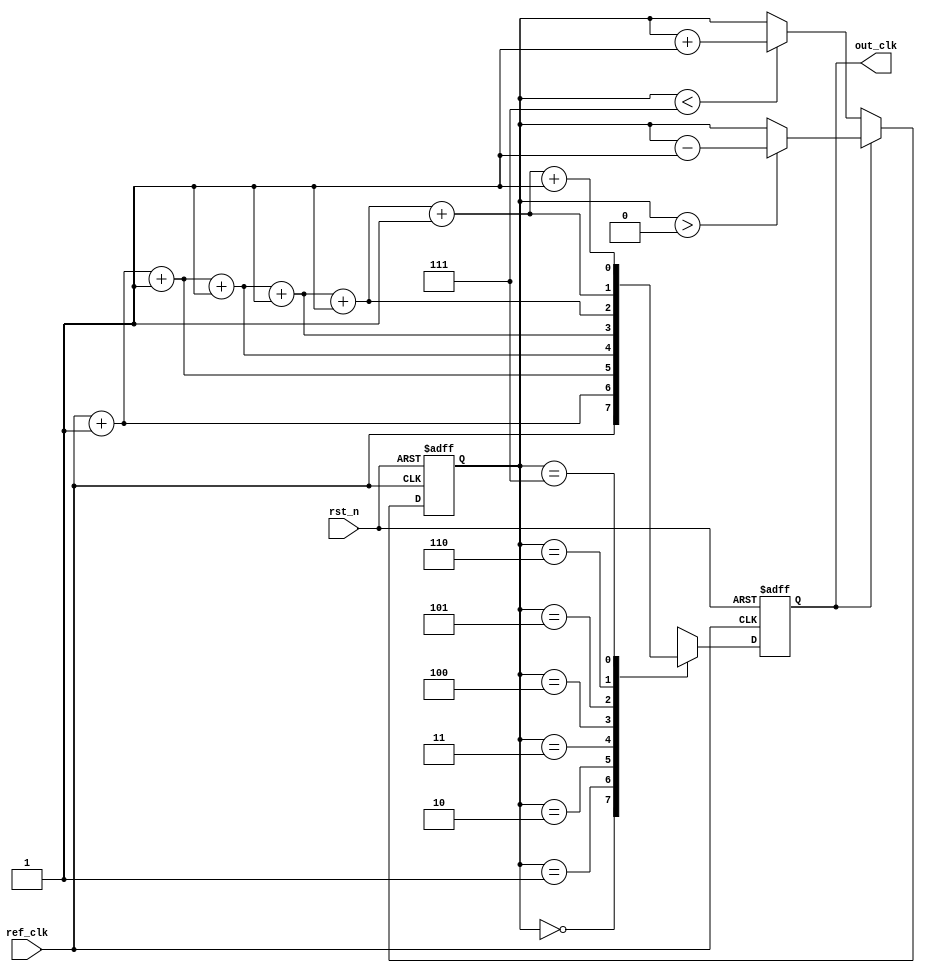
module dll (
    input wire ref_clk,         // Reference clock
    input wire rst_n,          // Active low reset
    output reg out_clk         // Output clock
);

    // Parameters
    parameter NUM_DELAY_BLOCKS = 8; // Number of delay blocks
    parameter DELAY_UNIT = 1;        // Delay unit (can be adjusted based on timing requirements)

    // Internal signals
    reg [NUM_DELAY_BLOCKS-1:0] delay_enable; // Delay blocks enable signals
    wire phase_error;                       // Phase error signal
    reg [2:0] delay_select;                 // Delay selection for the delay line
    reg [NUM_DELAY_BLOCKS-1:0] delay_line [0:NUM_DELAY_BLOCKS-1]; // Delay line

    // Phase Detector (PD)
    always @(posedge ref_clk or negedge rst_n) begin
        if (!rst_n) begin
            delay_select <= 0;
        end else begin
            // Simple phase detection logic
            if (out_clk == 1'b0) begin
                // If out_clk is delayed, increase delay
                delay_select <= (delay_select < NUM_DELAY_BLOCKS-1) ? delay_select + 1 : delay_select;
            end else begin
                // If out_clk is ahead, decrease delay
                delay_select <= (delay_select > 0) ? delay_select - 1 : delay_select;
            end
        end
    end

    // Delay Line Implementation
    generate
        genvar i;
        for (i = 0; i < NUM_DELAY_BLOCKS; i = i + 1) begin : delay_blocks
            assign delay_line[i] = (i == 0) ? ref_clk : delay_line[i-1] + DELAY_UNIT;
        end
    endgenerate

    // Control Logic
    always @(posedge ref_clk or negedge rst_n) begin
        if (!rst_n) begin
            delay_enable <= 0;
            out_clk <= 0;
        end else begin
            // Enable the appropriate delay block
            delay_enable <= (1 << delay_select) - 1;

            // Generate the output clock based on the selected delay
            out_clk <= delay_line[delay_select];
        end
    end

endmodule